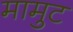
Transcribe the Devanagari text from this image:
मामुट